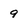
Character: 9